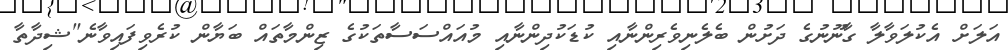
އަލަށް އެކުލަވާލާ ގާނޫނުގެ ދަށުން ބެލެނިވެރިންނާއި ކުޑަކުދިންނާއި މުއައްސަސާތަކުގެ ޒިންމާތައް ބަޔާން ކުރެވިފައިވާނެ"ޝިދާތާ